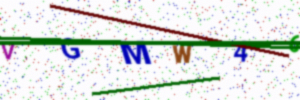
Text: VGMW46